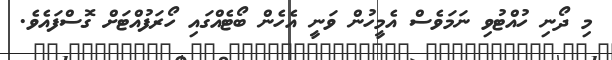
މި ދޯނި ހުއްޓުވި ނަމަވެސް އެމީހުން ވަނީ އެހެން ބޯޓެއްގައި ހޯރަފުއްޓަށް ގޮސްފައެވެ.